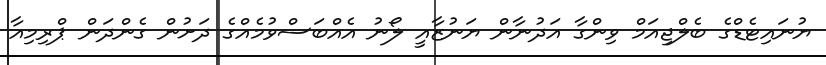
ޔުނައިޓެޑްގެ ބެލްޖިއަމް ވިންގާ އަދުނާން ޔަނުޒާއީ ލޯނު އެއްބަސްވުމެއްގެ ދަށުން ގެންދަން ޕްރިމިއާ